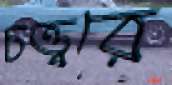
চত্ত্বরে